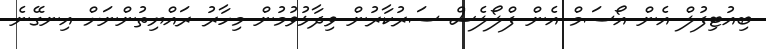
ބިއުޓިފުލް އެން އޯސަމް އެން ފްލޯލެސް ސަރުކާރުން ވިދާޅުވުމުން މިހާރު ރައްޔިތުންނަށް އިނގޭނެ